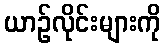
ယာဉ်လိုင်းများကို